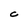
Character: C